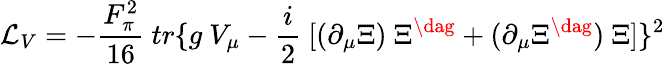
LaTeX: {\cal{L}}_{V}=-\frac{F_{\pi}^{2}}{16}~tr\{ g~V_{\mu}-\frac{i}{2}~[(\partial_{\mu}\Xi)~\Xi^{\dag}+(\partial_{\mu}\Xi^{\dag})~\Xi]\} ^{2}